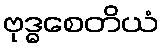
ဗုဒ္ဓစေတိယံ